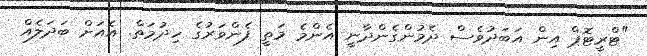
"ޓްރީޓޮޕް އިން އަބަދުވެސް ދެމުންގެންދާނީ އެންމެ މަތީ ފެންވަރުގެ ހިދުމަތް. އެއަށް ބަދަލެއް